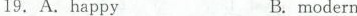
19.A.happyB. modern